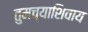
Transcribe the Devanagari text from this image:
तुमच्याशिवाय